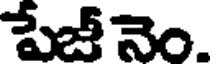
పేజీ నెం.